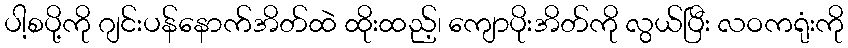
ပါ့စပို့ကို ဂျင်းပန်နောက်အိတ်ထဲ ထိုးထည့်၊ ကျောပိုးအိတ်ကို လွယ်ပြီး လဝကရုံးကို